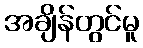
အချိန်တွင်မူ